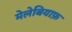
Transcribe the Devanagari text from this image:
मेलेबियाफ़